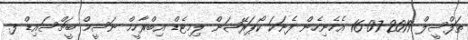
ތަފްސީލް 2019-07-16 އެހެނިހެން ފެނަކަ ކޯޕަރޭޝަން ލިމިޓެޑް އިބްރާހީމް ނަސީމް ބީޗްސައިޑް ފ.